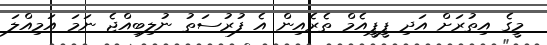
މީގެ އިތުރަށް އަދި ޕީޕީއެމް ތެރެއިން އެ ފުރުސަތު ނުލިބިއްޖެ ނަމަ އަމިއްލަ